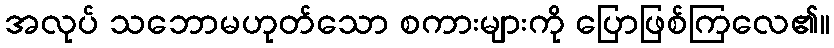
အလုပ် သဘောမဟုတ်သော စကားများကို ပြောဖြစ်ကြလေ၏။